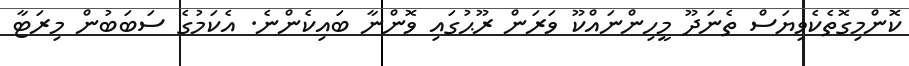
ކޮންމިގޮތެކެވިޔަސް ތެނަދޫ މީހިންނައްކޫ ވަރަން ރޫޙުގައި ވޮންނާ ބައިކެންނެ. އެކަމުގެ ސަބަބުން މިރަޓާ